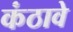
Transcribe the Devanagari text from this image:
कंठावे